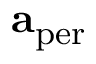
\mathbf { a } _ { \mathrm { p e r } }